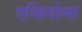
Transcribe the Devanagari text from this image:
एव्हियोन्स